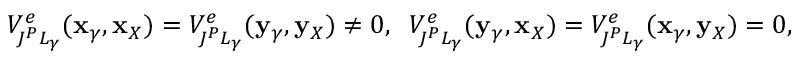
V _ { J ^ { P } L _ { \gamma } } ^ { e } ( { \bf x } _ { \gamma } , { \bf x } _ { X } ) = V _ { J ^ { P } L _ { \gamma } } ^ { e } ( { \bf y } _ { \gamma } , { \bf y } _ { X } ) \ne 0 , \; \; V _ { J ^ { P } L _ { \gamma } } ^ { e } ( { \bf y } _ { \gamma } , { \bf x } _ { X } ) = V _ { J ^ { P } L _ { \gamma } } ^ { e } ( { \bf x } _ { \gamma } , { \bf y } _ { X } ) = 0 , \; \;